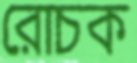
রোচক